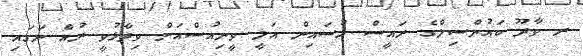
ރ ވާދޫ ކައުންސިލްގެ ރައީސް ހުސައިން އަލީ ވީނިއުސްއަށް ވިދާޅުވީ ރުއް ނަގައި